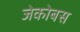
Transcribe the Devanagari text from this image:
जेकोबस